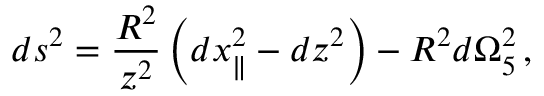
d s ^ { 2 } = \frac { R ^ { 2 } } { z ^ { 2 } } \left( d x _ { \parallel } ^ { 2 } - d z ^ { 2 } \right) - R ^ { 2 } d \Omega _ { 5 } ^ { 2 } \, ,